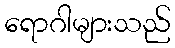
ရောဂါများသည်